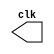

 // --------------------------- 
// -- test clock generator (1) 
// --------------------------- 
//--Nome:Marden Santos Batista
//--Matricula: 388613

module clock ( clk ); 
output clk; 
reg clk; 
initial 
begin 
clk = 1'b0; 
end 
always 
begin 
#12 clk = ~clk; 
end 
endmodule // clock ( ) 
module Exemplo0041; 
wire clk; 
clock CLK1 ( clk ); 
initial begin 
$dumpfile ( "Exemplo041.vcd" ); 
$dumpvars; 
#120 $finish; 
end 
endmodule // Exemplo041 ( )